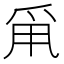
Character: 𤔆